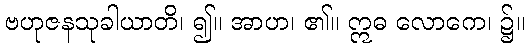
ဗဟုဇနသုခါယာတိ၊ ၍။ အာဟ၊ ၏။ ဣဓ လောကေ၊ ၌။